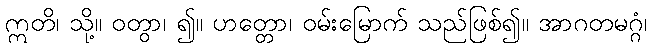
ဣတိ၊ သို့။ ဝတွာ၊ ၍။ ဟတ္တော၊ ဝမ်းမြောက် သည်ဖြစ်၍။ အာဂတမဂ္ဂံ၊